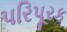
પરિપૂરક